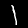
Digit: 1